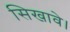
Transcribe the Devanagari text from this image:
सिखावे।